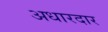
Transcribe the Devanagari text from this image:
अधारदार